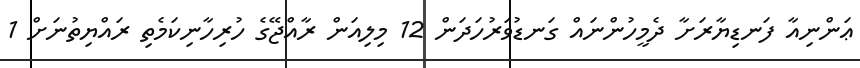
ޢަންނިއާ ފަނޑިޔާރަށާ ދެމީހުންނައް ގަނޑުވަރުހަދަން 12 މިލިއަން ރާއްޖޭގެ ހުރިހާނިކަމެތި ރައްޔިތުނަށް 1